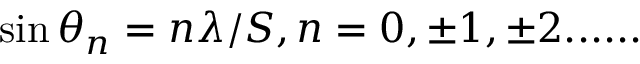
~ \sin \theta _ { n } = n \lambda / S , n = 0 , \pm 1 , \pm 2 . . . . . .